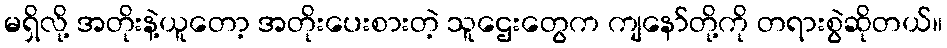
မရှိလို့ အတိုးနဲ့ယူတော့ အတိုးပေးစားတဲ့ သူဌေးတွေက ကျနော်တို့ကို တရားစွဲဆိုတယ်။